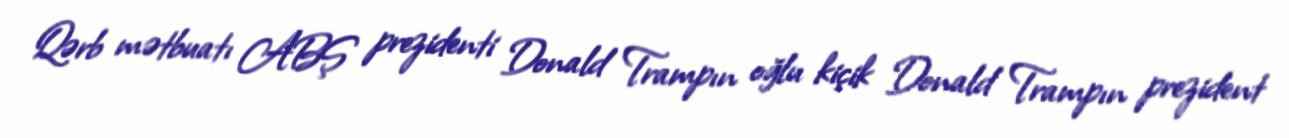
Qərb mətbuatı ABŞ prezidenti Donald Trampın oğlu kiçik Donald Trampın prezident